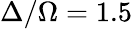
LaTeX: \Delta/\Omega=1.5